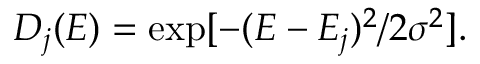
D _ { j } ( E ) = \exp [ - ( E - E _ { j } ) ^ { 2 } / 2 \sigma ^ { 2 } ] .